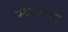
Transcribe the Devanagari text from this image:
स्वास्थ्था